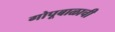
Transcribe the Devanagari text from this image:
गोपूबाळाची